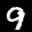
Label: 9